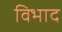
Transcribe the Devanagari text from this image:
विभाद